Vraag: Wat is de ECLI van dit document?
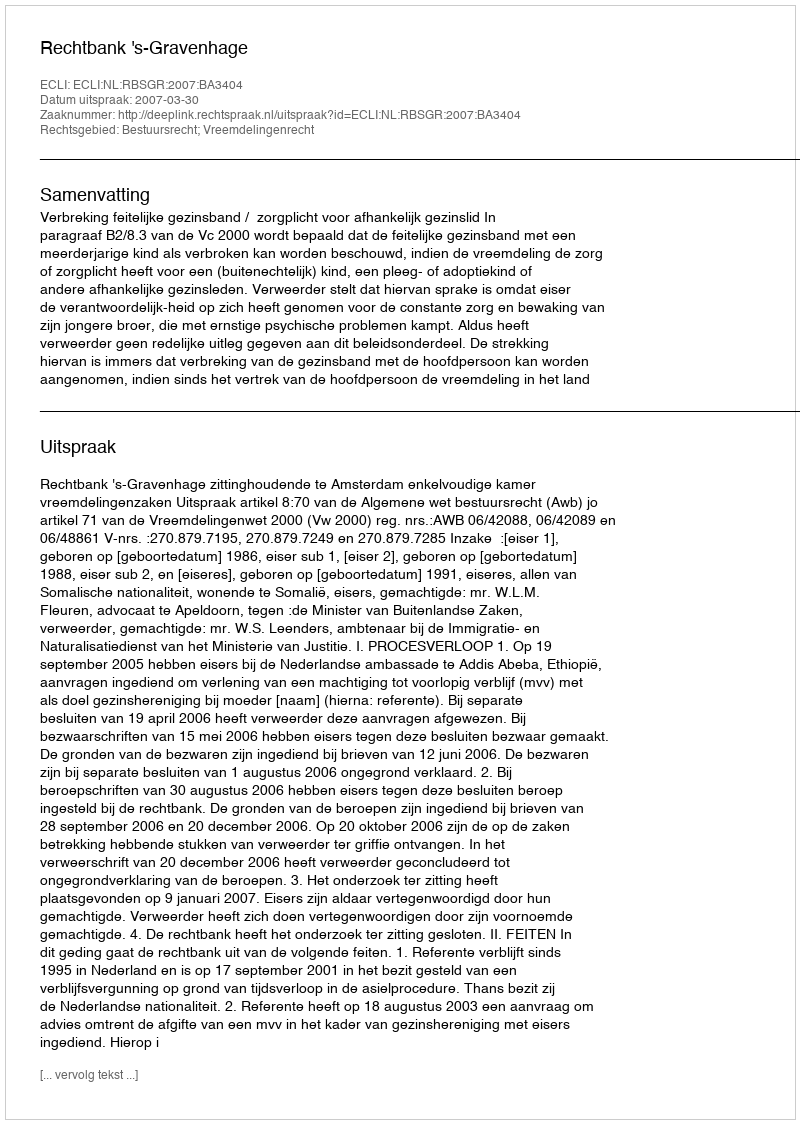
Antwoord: ECLI:NL:RBSGR:2007:BA3404